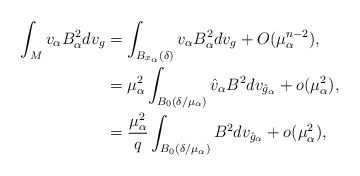
\begin{align*} \int_M v_\alpha B_\alpha^2 dv_g &= \int_{B_{x_\alpha}(\delta)} v_\alpha B_\alpha^2 dv_g + O(\mu_\alpha^{n-2}),\\ &= \mu_\alpha^2 \int_{B_0(\delta/\mu_\alpha)} \hat{v}_\alpha B^2 dv_{\hat{g}_\alpha}+o(\mu_\alpha^2),\\ &= \frac{\mu_\alpha^2}{q} \int_{B_0(\delta/\mu_\alpha)} B^2 dv_{\hat{g}_\alpha} +o(\mu_\alpha^2), \end{align*}